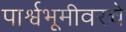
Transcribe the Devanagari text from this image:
पार्श्वभूमीवरचे